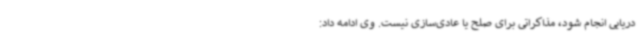
دریایی انجام شود، مذاکراتی برای صلح یا عادی‌سازی نیست. وی ادامه داد: